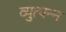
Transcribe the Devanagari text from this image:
व्युत्‍पन्‍न